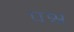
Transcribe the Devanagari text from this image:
पश्र